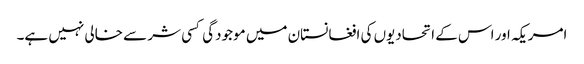
امریکہ اور اس کے اتحادیوں کی افغانستان میں موجودگی کسی شر سے خالی نہیں ہے۔